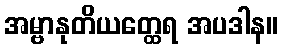
အမ္ဗာနုတိယတ္ထေရ အပဒါန။